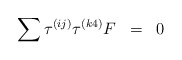
\begin{align*}\sum \tau^{(ij)} \tau^{(k4)} F \;\; =\;\; 0 \end{align*}